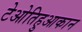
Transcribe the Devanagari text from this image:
टेओतिहुआकान